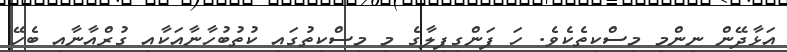
އަޅާދޭން ނިންމި މިސްކިތެކެވެ. ހަ ފަންގިފިލާގެ މި މިސްކިތުގައި ކުތުބުހާނާއަކާއި ގުރްއާނާއި ބެހޭ